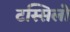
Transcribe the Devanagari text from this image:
टस्सिलो